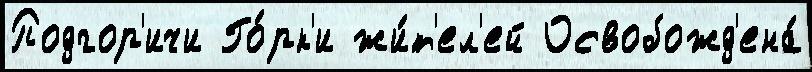
Подгор'ичи Го́рк'и жи́т'ел'ей Освобожд'ена́